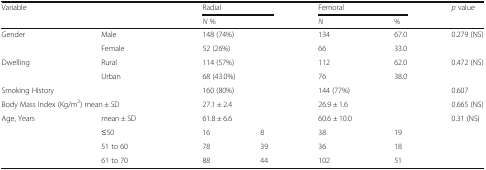
| <ROWSPAN=2-COLSPAN=2> Variable | <COLSPAN=2> Radial | <COLSPAN=2> Femoral | <ROWSPAN=2> p value |
 | <COLSPAN=2> N % | N | % |
 | --- | --- | --- | --- | --- | --- | --- |
 | <ROWSPAN=2> Gender | Male | <COLSPAN=2> 148 (74%) | 134 | 67.0 | 0.279 (NS) |
 | Female | <COLSPAN=2> 52 (26%) | 66 | 33.0 |  |
 | <ROWSPAN=2> Dwelling | Rural | <COLSPAN=2> 114 (57%) | 112 | 62.0 | 0.472 (NS) |
 | Urban | <COLSPAN=2> 68 (43.0%) | 76 | 38.0 |  |
 | <COLSPAN=2> Smoking History | <COLSPAN=2> 160 (80%) | 144 (77%) |  | 0.607 |
 | <COLSPAN=2> Body Mass Index (Kg/m2) mean ± SD | <COLSPAN=2> 27.1 ± 2.4 | <COLSPAN=2> 26.9 ± 1.6 | 0.665 (NS) |
 | <ROWSPAN=4> Age, Years | mean ± SD | <COLSPAN=2> 61.8 ± 6.6 | <COLSPAN=2> 60.6 ± 10.0 | <ROWSPAN=4> 0.31 (NS) |
 | ≤50 | 16 | 8 | 38 | 19 |
 | 51 to 60 | 78 | 39 | 36 | 18 |
 | 61 to 70 | 88 | 44 | 102 | 51 |